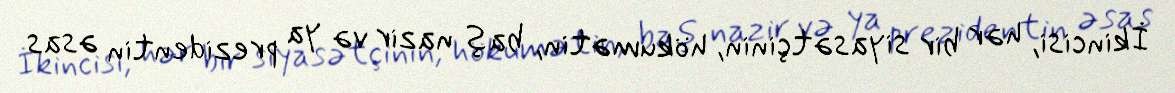
İkincisi, hər bir siyasətçinin, hökumətin, baş nazir və ya prezidentin əsas